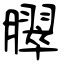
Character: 臎